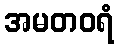
အမတဝရံ